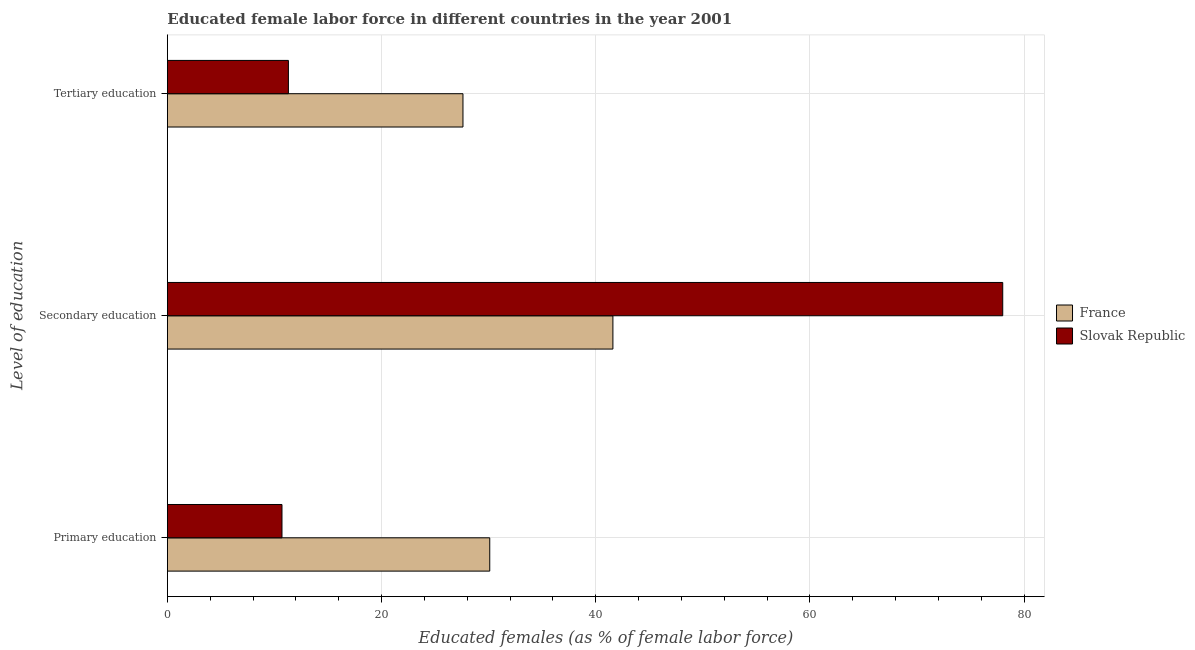
| Level of education | France | Slovak Republic |
 | --- | --- | --- |
 | Primary education | 30.1 | 10.7 |
 | Secondary education | 41.6 | 78 |
 | Tertiary education | 27.6 | 11.3 |